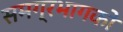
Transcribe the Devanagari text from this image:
समग्रभागको